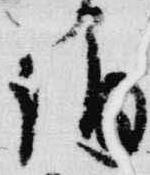
誦